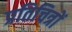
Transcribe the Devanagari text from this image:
प्रतिचित्रों